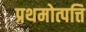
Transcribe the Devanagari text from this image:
प्रथमोत्पत्ति